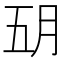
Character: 𬁶